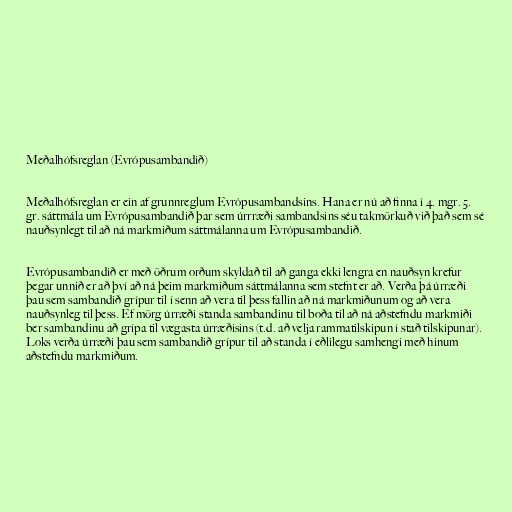
Meðalhófsreglan (Evrópusambandið)

Meðalhófsreglan er ein af grunnreglum Evrópusambandsins. Hana er nú að finna í 4. mgr. 5.
gr. sáttmála um Evrópusambandið þar sem úrrræði sambandsins séu takmörkuð við það sem sé
nauðsynlegt til að ná markmiðum sáttmálanna um Evrópusambandið.

Evrópusambandið er með öðrum orðum skyldað til að ganga ekki lengra en nauðsyn krefur
þegar unnið er að því að ná þeim markmiðum sáttmálanna sem stefnt er að. Verða þá úrræði
þau sem sambandið grípur til í senn að vera til þess fallin að ná markmiðunum og að vera
nauðsynleg til þess. Ef mörg úrræði standa sambandinu til boða til að ná aðstefndu markmiði
ber sambandinu að grípa til vægasta úrræðisins (t.d. að velja rammatilskipun í stað tilskipunar).
Loks verða úrræði þau sem sambandið grípur til að standa í eðlilegu samhengi með hinum
aðstefndu markmiðum.